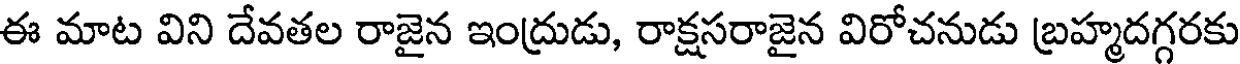
ఈ మాట విని దేవతల రాజైన ఇంద్రుడు, రాక్షసరాజైన విరోచనుడు బ్రహ్మదగ్గరకు